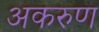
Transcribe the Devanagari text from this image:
अकरुण